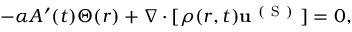
\begin{array} { r } { - \alpha A ^ { \prime } ( t ) \Theta ( r ) + \nabla \cdot [ \rho ( r , t ) \mathbf { u } ^ { \mathrm { ~ ( ~ S ~ ) ~ } } ] = 0 , } \end{array}